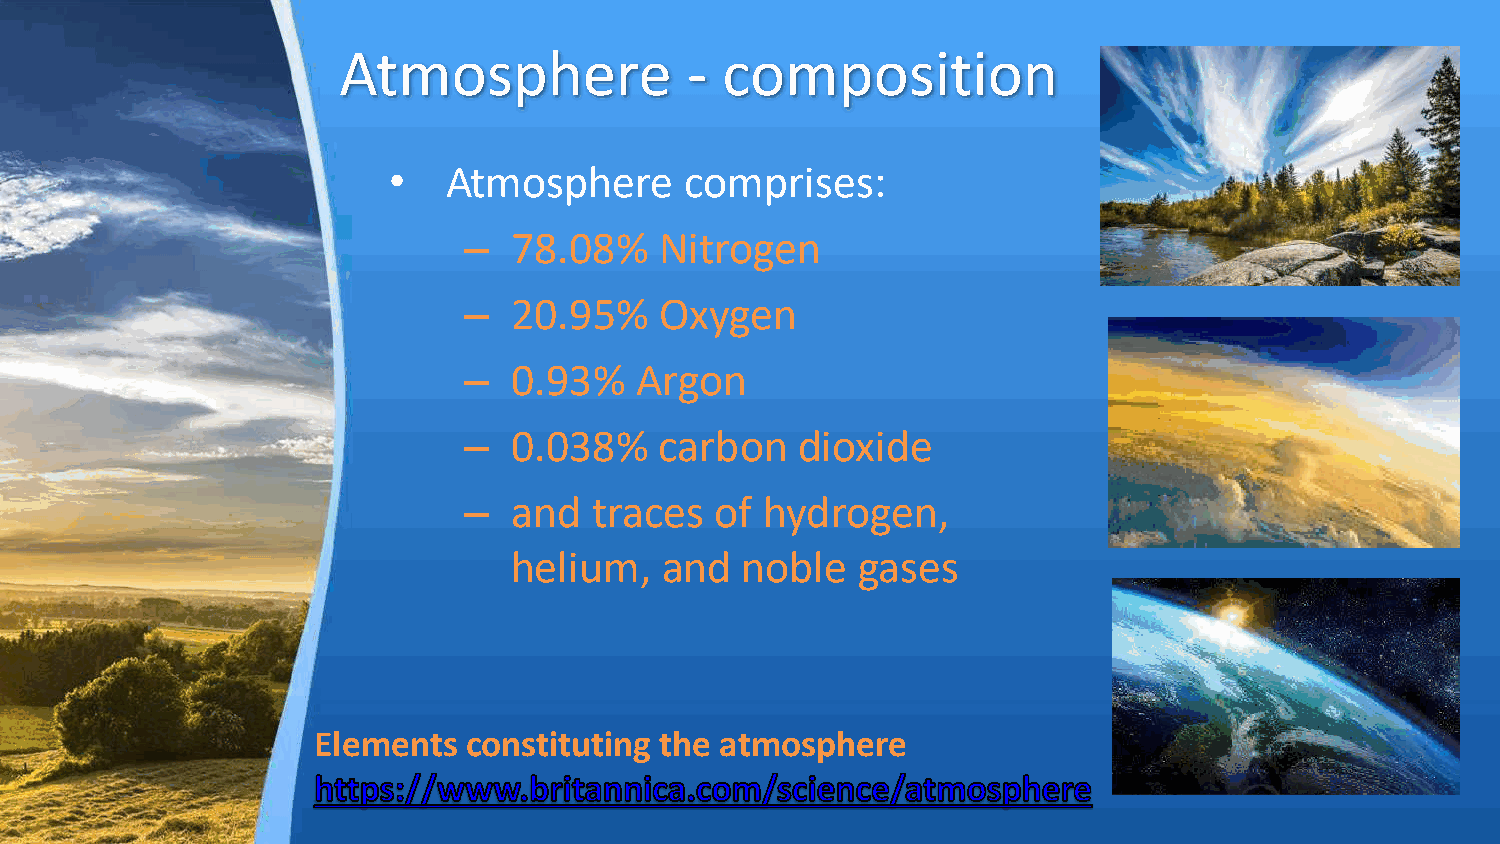
Atmosphere             -  composition
 •  Atmosphere      comprises:
 –  78.08%    Nitrogen
 –  20.95%    Oxygen
 –  0.93%   Argon
 –  0.038%    carbon   dioxide
 –  and  traces  of  hydrogen,
 helium,   and  noble   gases
 Elements  constituting the atmosphere